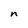
Character: n